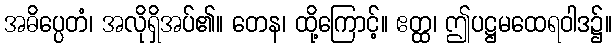
အဓိပ္ပေတံ၊ အလိုရှိအပ်၏။ တေန၊ ထို့ကြောင့်။ ဧတ္ထ၊ ဤပဋ္ဌမထေရဝါဒ၌။